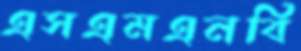
এসএমএনবি